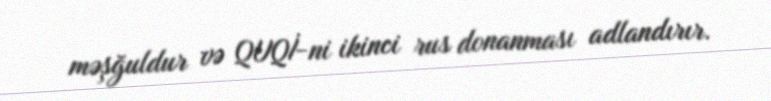
məşğuldur və QUQİ-ni ikinci rus donanması adlandırır.